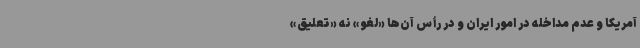
آمریکا و عدم مداخله در امور ایران و در رأس آن‌ها «لغو» نه «تعلیق»